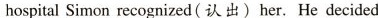
hospital Simon recognized(认出)her. He decided